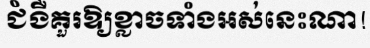
ជំងឺគួរឱ្យខ្លាចទាំងអស់នេះណា!